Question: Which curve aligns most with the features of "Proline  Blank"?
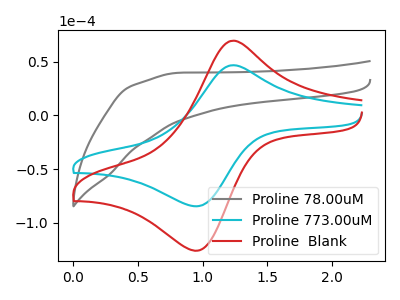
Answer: <think>The gray curve "Proline 78.00uM" has no peaks. The cyan curve "Proline 773.00uM" has an anodic peak at (1.25V, 46.65uA) and a cathodic peak at (0.95V, -84.50uA). The red curve "Proline  Blank" has an anodic peak at (1.25V, 69.45uA) and a cathodic peak at (0.95V, -125.80uA).
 "Proline 78.00uM" and "Proline 773.00uM" have a different number of peaks. "Proline 78.00uM" and "Proline  Blank" have a different number of peaks. All the peaks in "Proline 773.00uM" have a peak in "Proline  Blank" at the same potential. Every peak in "Proline 773.00uM" is lower than every peak in "Proline  Blank".</think>
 <answer>The CV with the most similar shape to "Proline 773.00uM" is "Proline  Blank".</answer>
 <eval>"Proline  Blank"</eval>